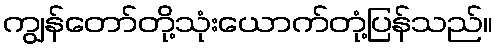
ကျွန်တော်တို့သုံးယောက်တုံ့ပြန်သည်။